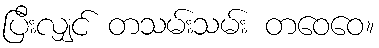
ပြီးလျှင် တသမ်းသမ်း တဝေဝေ။